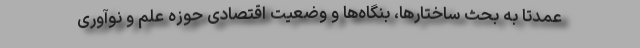
عمدتاً به بحث ساختارها، بنگاه‌ها و وضعیت اقتصادی حوزه علم و نوآوری